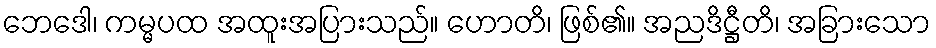
ဘေဒေါ၊ ကမ္မပထ အထူးအပြားသည်။ ဟောတိ၊ ဖြစ်၏။ အညဒိဋ္ဌီတိ၊ အခြားသော